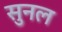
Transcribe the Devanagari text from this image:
सुनल